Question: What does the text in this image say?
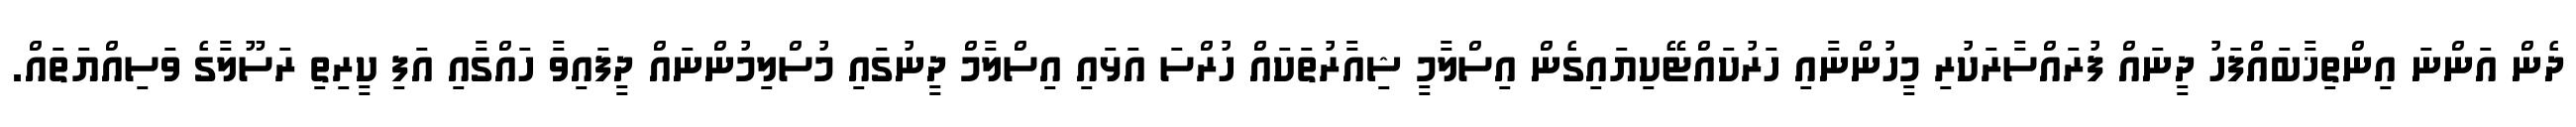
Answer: ދެން އަންނަ އިންތިޚާބައްފަހު ދީނައް ފުރައްސާރަކުރި މީހުންނާއި ހަރުކައްޓޭކިޔައިގެން އިސްލާމީ ޝިއާރުތަކައް ހުރްސަ އަޅައި އިސްލާމް ދީނުގައި މުސްލިމުންނައް ދީފައިވާ ހައްގާއި އަފި ކީރިތި ރަސޫލާގެ ވަސިއްޔަތައް.